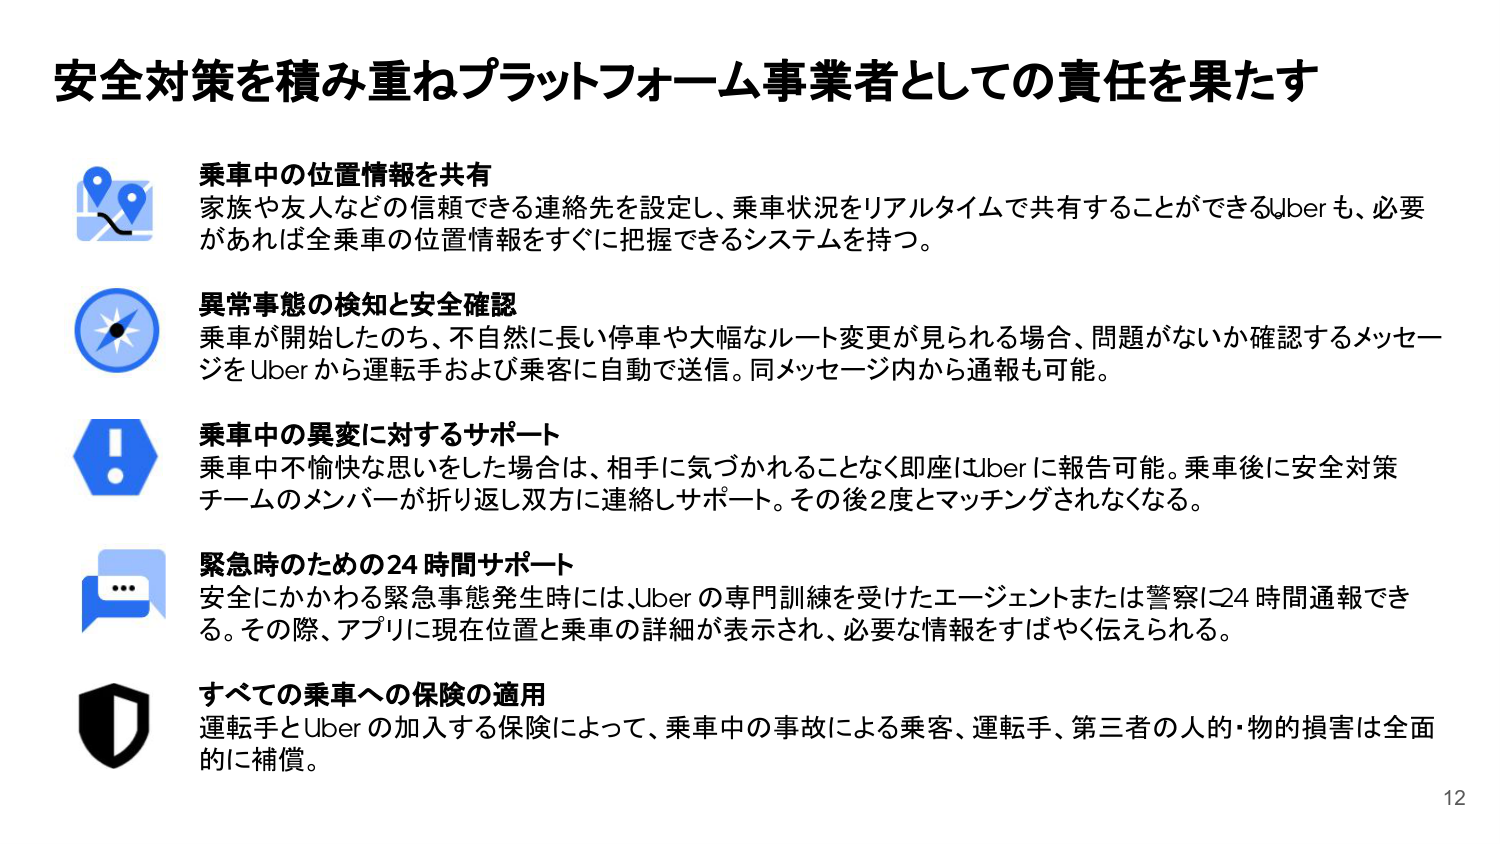
安全対策を積み重ねプラットフォーム事業者としての責任を果たす

乗車中の位置情報を共有
家族や友人などの信頼できる連絡先を設定し、乗車状況をリアルタイムで共有することができるUberも、必要があれば全乗車の位置情報をすぐに把握できるシステムを持つ。

異常事態の検知と安全確認
乗車が開始したのち、不自然に長い停車や大幅なルート変更が見られる場合、問題がないか確認するメッセージをUberから運転手および乗客に自動で送信。同メッセージ内から通報も可能。

乗車中の異変に対するサポート
乗車中不愉快な思いをした場合は、相手に気づかれることなく即座にUberに報告可能。乗車後に安全対策チームのメンバーが折り返し双方に連絡しサポート。その後2度とマッチングされなくなる。

緊急時そのための24時間サポート
安全にかかわる緊急事態発生時には、Uberの専門訓練を受けたエージェントまたは警察に24時間通報できる。その際、アプリに現在位置と乗車の詳細が表示され、必要な情報をすばやく伝えられる。

すべての乗車への保険の適用
運転手とUberの加入する保険によって、乗車中の事故による乗客、運転手、第三者の人的・物的損害は全面的に補償。

12